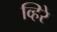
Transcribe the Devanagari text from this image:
व्हिरे